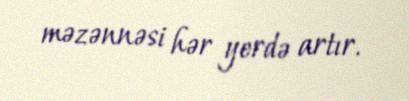
məzənnəsi hər yerdə artır.